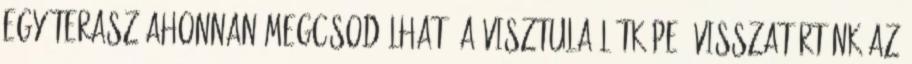
egy terasz ahonnan megcsodálható a Visztula látképe. Visszatértünk az